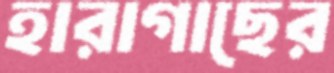
হারাগাছের